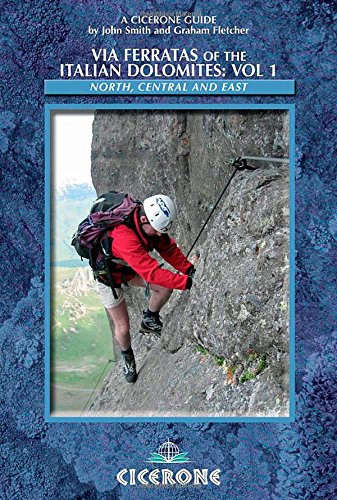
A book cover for Via Ferratas of the Italian Dolomites: Vol 1: North, Central and East (Cicerone Guides); Graham Fletcher; Sports & Outdoors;